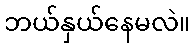
ဘယ်နှယ်နေမလဲ။